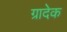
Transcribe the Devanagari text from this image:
ग्रादेक